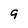
Character: 9